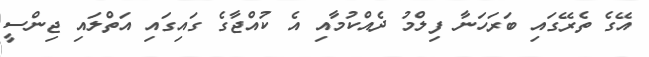
އޭގެ ތެރޭގައި ބަރަހަނާ ފިލްމު ދެއްކުމާއި އެ ކުއްޖާގެ ގައިގައި އަތްލައި ޖިންސީ